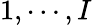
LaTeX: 1,\cdots,I